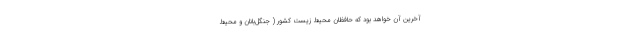
آخرین آن خواهد بود که حافظان محیط‌ زیست کشور ( جنگل‌بانان و محیط‌